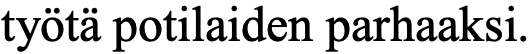
työtä potilaiden parhaaksi.